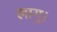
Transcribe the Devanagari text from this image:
लागु।